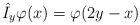
LaTeX: \begin{align*}\hat{I}_{y}\varphi (x)=\varphi (2y-x) \end{align*}